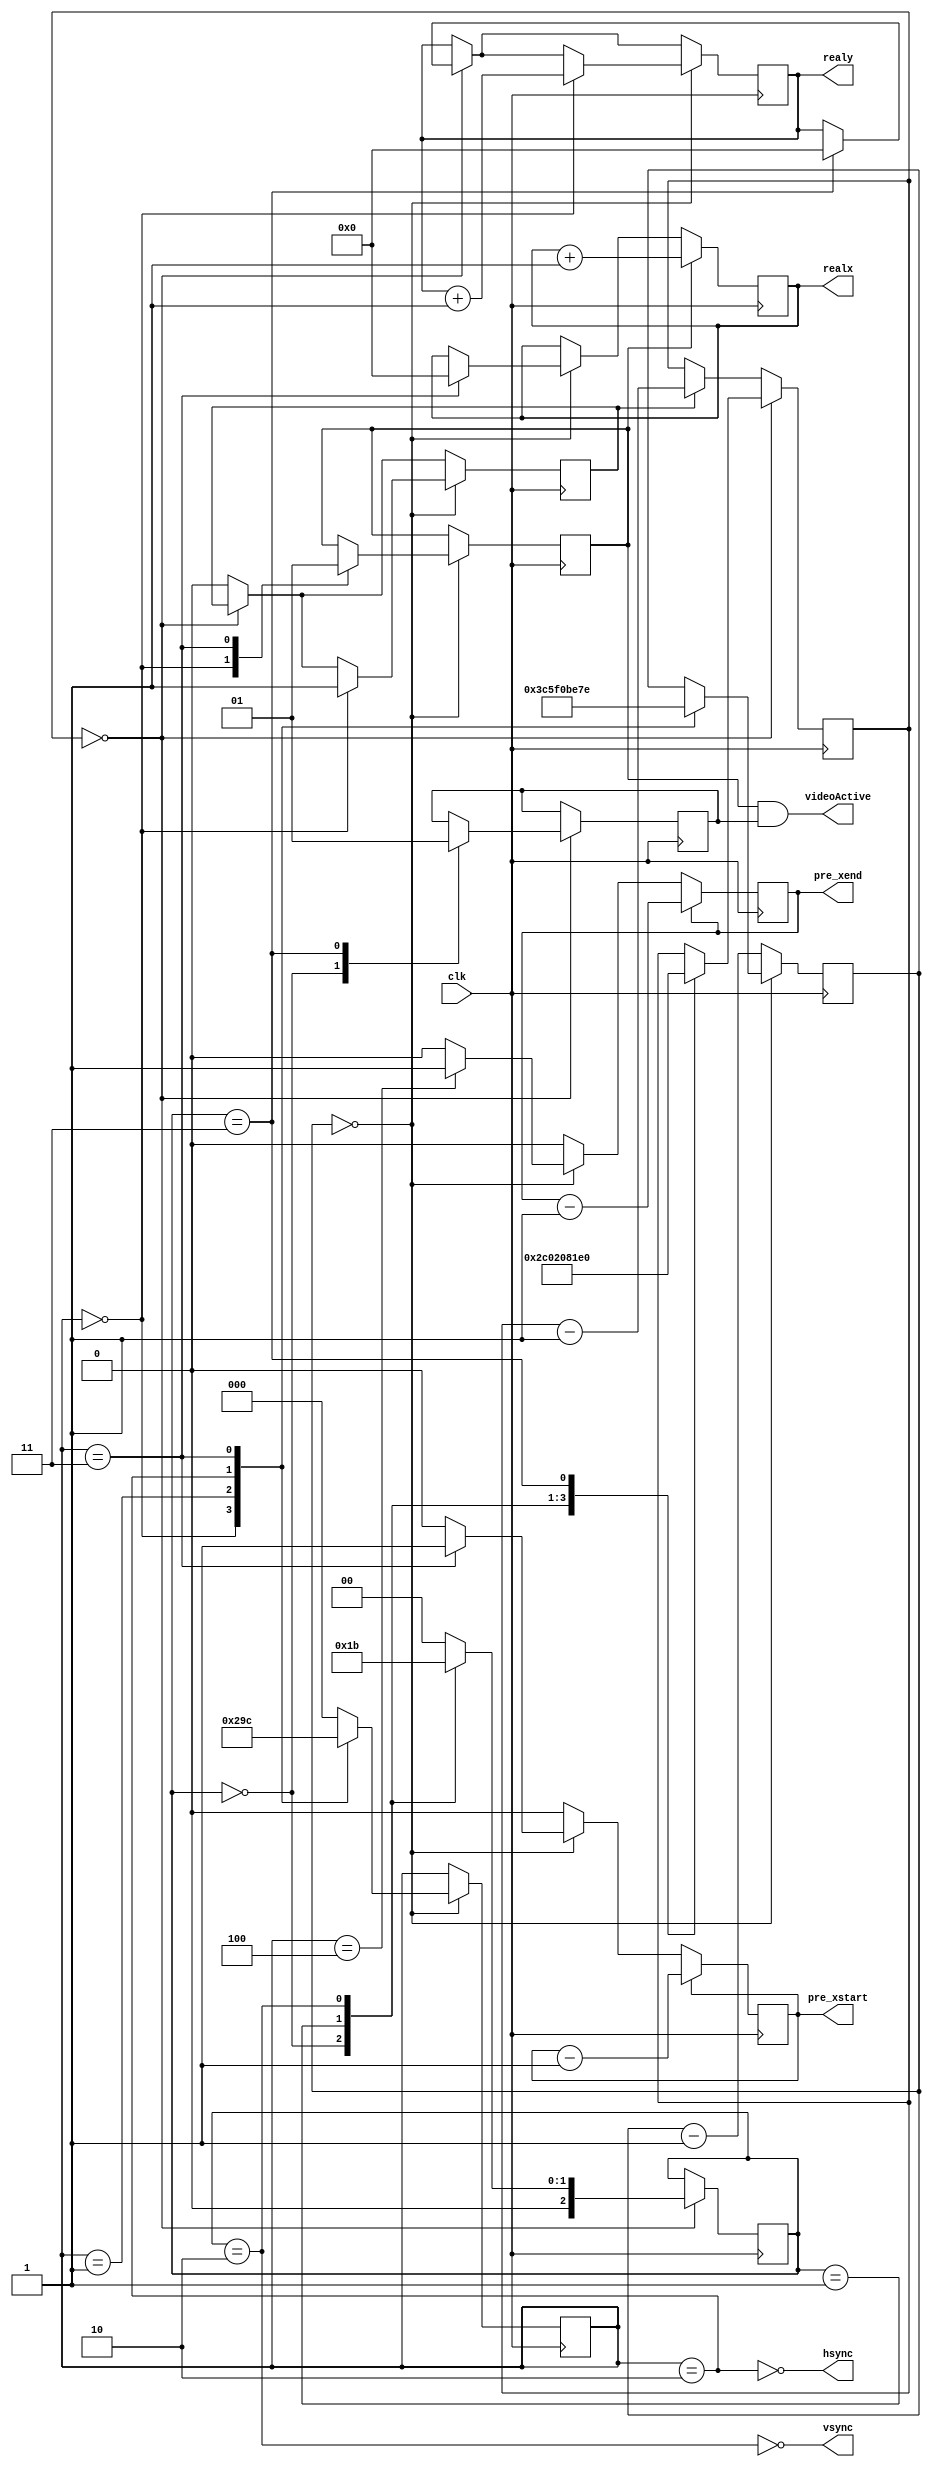
module vgascan(clk, hsync, vsync, realx, realy, videoActive, pre_xstart, pre_xend);

parameter SCREENWIDTH = 640;	// constants, don't even try using other values
parameter SCREENHEIGHT = 480;

input clk;
output hsync;
output vsync;
output reg[9:0] realx;  
output reg[9:0] realy;
output videoActive;
output pre_xstart, pre_xend;

reg[2:0] scanxx_state;		// x-machine state
reg[2:0] scanyy_state;		// y-machine state
reg[9:0] scanxx;			// x-state timer/counter
reg[9:0] scanyy;			// y-state timer/counter

reg videoActiveX;			// 1 == X is within visible area
reg videoActiveY;			// 1 == Y is within visible area
wire videoActive = videoActiveX & videoActiveY;
reg pre_xstart, pre_xend;

parameter state0 = 3'b000, state1 = 3'b001, state2 = 3'b010, state3 = 3'b011, state4 = 3'b100;

assign hsync = !(scanxx_state == state2);
assign vsync = !(scanyy_state == state2);

reg scanyy_minus;			// todo: investigate if this is still necessary

always @(posedge clk) begin
		if (scanyy == 0) begin 
			case (scanyy_state)
			state0:
					begin
						scanyy <= 11;
						scanyy_state <= state1;
						videoActiveY <= 0;
					end
			state1: 
					begin
						scanyy <= 2;
						scanyy_state <= state2;
					end
			state2:
					begin
						scanyy <= 32;
						scanyy_state <= state3;
					end
			state3:
					begin
						scanyy <= SCREENHEIGHT;
						scanyy_state <= state0;
						videoActiveY <= 1;
						realy <= 0;
					end
			default:
					begin
						scanyy_state <= state0;
					end
			endcase
		end 
		else if (scanyy_minus) begin
			scanyy_minus <= 1'b0;
			scanyy <= scanyy - 1'b1;
		end

		if (scanxx == 0) begin	
			case (scanxx_state) 
			state0: 	
					begin
						// here, commented out is time correction for different clock rate
						scanxx <= 10'd16 /*+ 10'd74*/ - 1'b1;		
						scanxx_state <= state1;
						realy <= realy + 1'b1;
						scanyy_minus <= 1'b1;
						videoActiveX <= 1'b0;
					end
			state1: 
					begin
						scanxx <= 10'd96 - 1'b1; 
						scanxx_state <= state2;
					end
			state2:	// before scan
					begin
						scanxx <= 10'd48 - 1'b1;
						scanxx_state <= state3;
					end
			state3:	
					begin
						pre_xstart <= 1'b1;
						videoActiveX <= 1'b1;
						realx <= 1'b0;
						scanxx <= SCREENWIDTH - 2;
						scanxx_state <= state4;
					end
			state4:
					begin
						pre_xend <= 1'b1;
						//scanxx <= 0;
						scanxx_state <= state0;
					end
			default: 
					begin
						scanxx_state <= state0;
					end
			endcase
		end 
		else scanxx <= scanxx - 1'b1;
		
		if (pre_xstart != 0) pre_xstart <= pre_xstart - 1'b1;
		if (pre_xend != 0) pre_xend <= pre_xend - 1'b1;

		if (videoActiveX) 
			realx <= realx + 1'b1;
end
	
endmodule